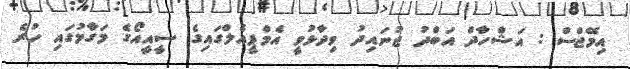
އިމޭޖްސް : އަޝްހާދް އަބްދު ޖުނައިދު ވިދާޅުވީ އެމްޕީއެލްގައިގެ ސީއީއޯގެ މަގާމުގައި ހުރެ